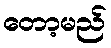
တော့မည်